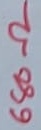
Text: 680Ω